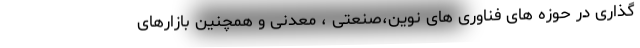
گذاری در حوزه های فناوری های نوین،صنعتی ، معدنی و همچنین بازارهای